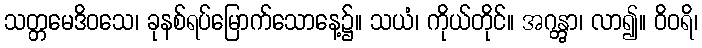
သတ္တမေဒိဝသေ၊ ခုနစ်ရပ်မြောက်သောနေ့၌။ သယံ၊ ကိုယ်တိုင်။ အဂန္တွာ၊ လာ၍။ ဝိဝရိ၊